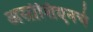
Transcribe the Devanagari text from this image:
असोशिएनचे